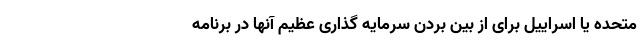
متحده یا اسراییل برای از بین بردن سرمایه گذاری عظیم آنها در برنامه